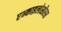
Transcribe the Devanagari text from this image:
एन्काइलोसौरस